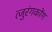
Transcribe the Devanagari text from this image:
त्जुरंगकोंग